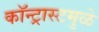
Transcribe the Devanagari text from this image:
कॉन्ट्रास्टमुळे